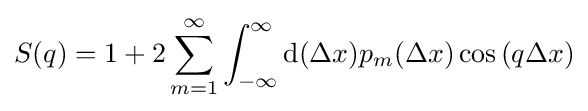
S(q)=1+2\sum _{m=1}^{\infty }\int _{-\infty }^{\infty }{\rm {d}}(\Delta x)p_{m}(\Delta x)\cos \left(q\Delta x\right)